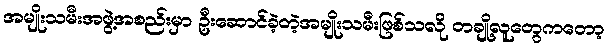
အမျိုးသမီးအဖွဲ့အစည်းမှာ ဦးဆောင်ခဲ့တဲ့အမျိုးသမီးဖြစ်သလို တချို့လူတွေကတော့